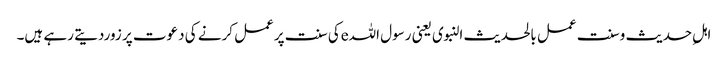
اہلِ حدیث وسنت عمل بالحدیث النبوی یعنی رسول اللہeکی سنت پرعمل کرنے کی دعوت پر زوردیتے رہے ہیں۔